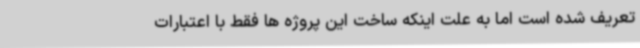
تعریف شده است اما به علت اینکه ساخت این پروژه ها فقط با اعتبارات